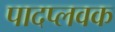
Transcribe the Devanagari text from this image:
पादप्लवक